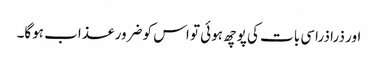
اور ذرا ذراسی بات کی پوچھ ہوئی تو اس کو ضرور عذاب ہوگا۔